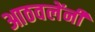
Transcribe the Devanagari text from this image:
आठवलेंनी